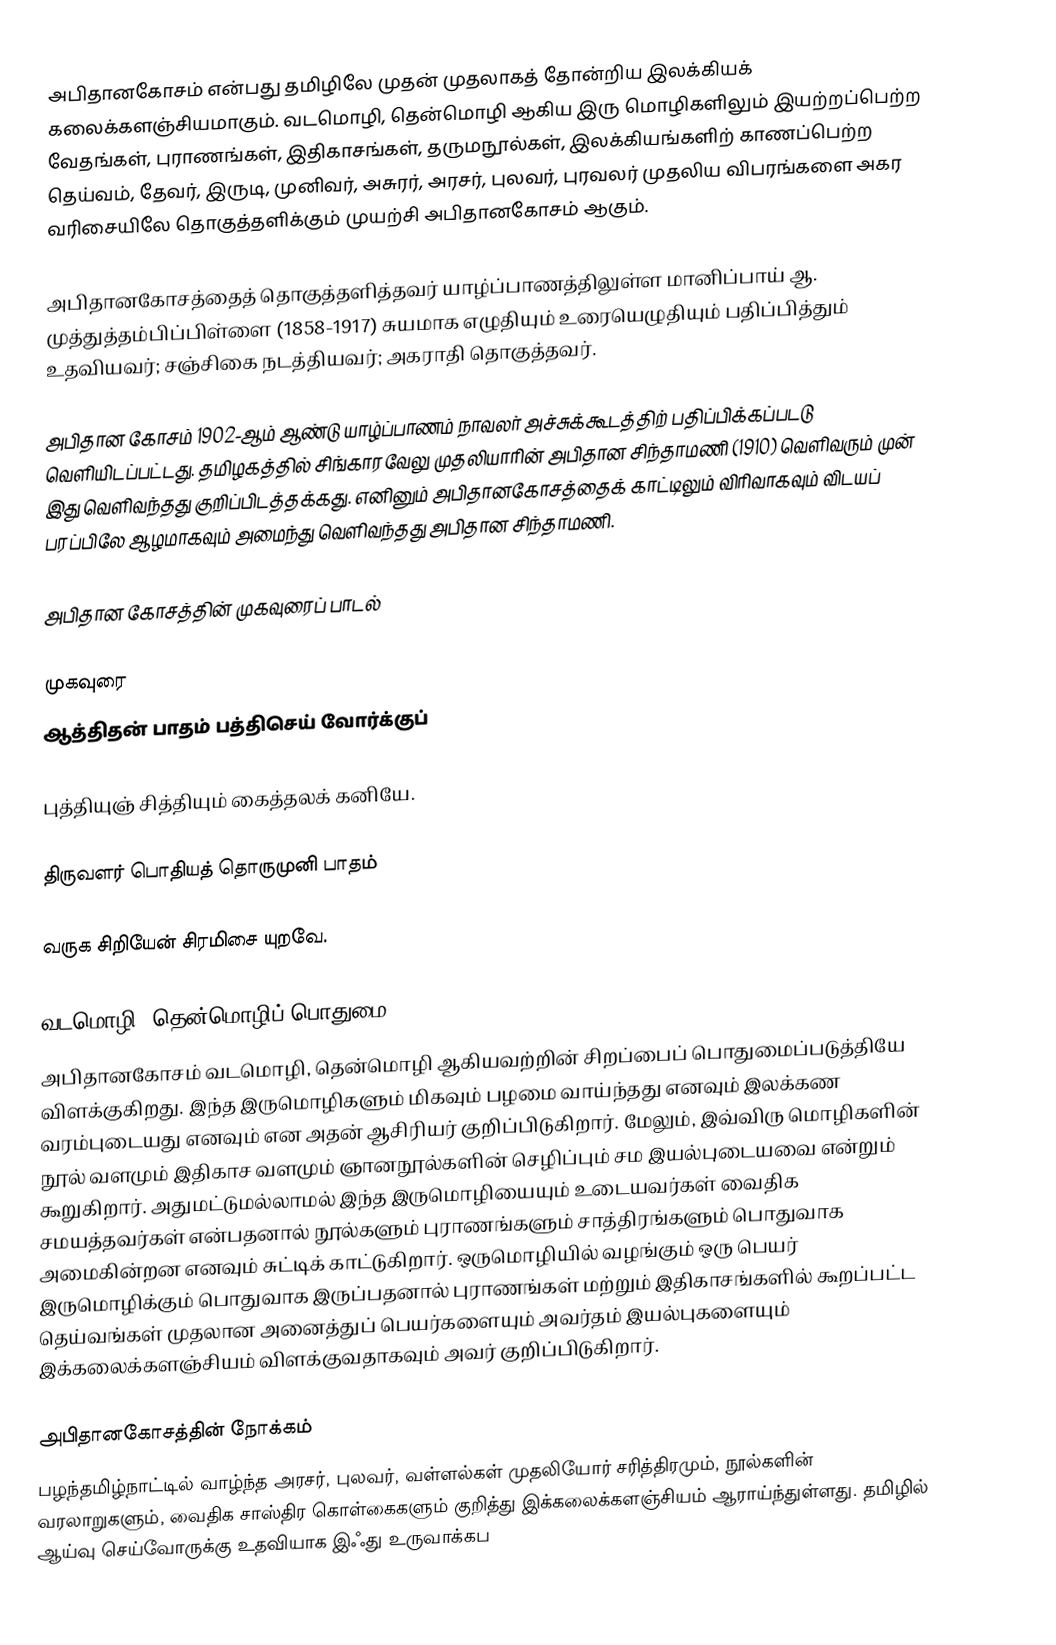
அபிதானகோசம் என்பது தமிழிலே முதன் முதலாகத் தோன்றிய இலக்கியக் கலைக்களஞ்சியமாகும். வடமொழி, தென்மொழி ஆகிய இரு மொழிகளிலும் இயற்றப்பெற்ற வேதங்கள், புராணங்கள், இதிகாசங்கள், தருமநூல்கள், இலக்கியங்களிற் காணப்பெற்ற தெய்வம், தேவர், இருடி, முனிவர், அசுரர், அரசர், புலவர், புரவலர் முதலிய விபரங்களை அகர வரிசையிலே தொகுத்தளிக்கும் முயற்சி அபிதானகோசம் ஆகும்.

அபிதானகோசத்தைத் தொகுத்தளித்தவர் யாழ்ப்பாணத்திலுள்ள மானிப்பாய் ஆ. முத்துத்தம்பிப்பிள்ளை (1858-1917) சுயமாக எழுதியும் உரையெழுதியும் பதிப்பித்தும் உதவியவர்; சஞ்சிகை நடத்தியவர்; அகராதி தொகுத்தவர்.

அபிதான கோசம் 1902-ஆம் ஆண்டு யாழ்ப்பாணம் நாவலர் அச்சுக்கூடத்திற் பதிப்பிக்கப்படடு வெளியிடப்பட்டது. தமிழகத்தில் சிங்காரவேலு முதலியாரின் அபிதான சிந்தாமணி (1910) வெளிவரும் முன் இது வெளிவந்தது குறிப்பிடத்தக்கது. எனினும் அபிதானகோசத்தைக் காட்டிலும் விரிவாகவும் விடயப் பரப்பிலே ஆழமாகவும் அமைந்து வெளிவந்தது அபிதான சிந்தாமணி.

அபிதான கோசத்தின் முகவுரைப் பாடல்

முகவுரை
ஆத்திதன் பாதம் பத்திசெய் வோர்க்குப்

புத்தியுஞ் சித்தியும் கைத்தலக் கனியே.

திருவளர் பொதியத் தொருமுனி பாதம்

வருக சிறியேன் சிரமிசை யுறவே.

வடமொழி, தென்மொழிப் பொதுமை
அபிதானகோசம் வடமொழி, தென்மொழி ஆகியவற்றின் சிறப்பைப் பொதுமைப்படுத்தியே விளக்குகிறது. இந்த இருமொழிகளும் மிகவும் பழமை வாய்ந்தது எனவும் இலக்கண வரம்புடையது எனவும் என அதன் ஆசிரியர் குறிப்பிடுகிறார். மேலும், இவ்விரு மொழிகளின் நூல் வளமும் இதிகாச வளமும் ஞானநூல்களின் செழிப்பும் சம இயல்புடையவை என்றும் கூறுகிறார். அதுமட்டுமல்லாமல் இந்த இருமொழியையும் உடையவர்கள் வைதிக சமயத்தவர்கள் என்பதனால் நூல்களும் புராணங்களும் சாத்திரங்களும் பொதுவாக அமைகின்றன எனவும் சுட்டிக் காட்டுகிறார். ஒருமொழியில் வழங்கும் ஒரு பெயர் இருமொழிக்கும் பொதுவாக இருப்பதனால் புராணங்கள் மற்றும் இதிகாசங்களில் கூறப்பட்ட தெய்வங்கள் முதலான அனைத்துப் பெயர்களையும் அவர்தம் இயல்புகளையும் இக்கலைக்களஞ்சியம் விளக்குவதாகவும் அவர் குறிப்பிடுகிறார்.

அபிதானகோசத்தின் நோக்கம்
பழந்தமிழ்நாட்டில் வாழ்ந்த  அரசர், புலவர், வள்ளல்கள் முதலியோர் சரித்திரமும், நூல்களின் வரலாறுகளும், வைதிக சாஸ்திர கொள்கைகளும் குறித்து இக்கலைக்களஞ்சியம் ஆராய்ந்துள்ளது. தமிழில் ஆய்வு செய்வோருக்கு உதவியாக இஃது உருவாக்கப